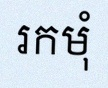
រកមុំ